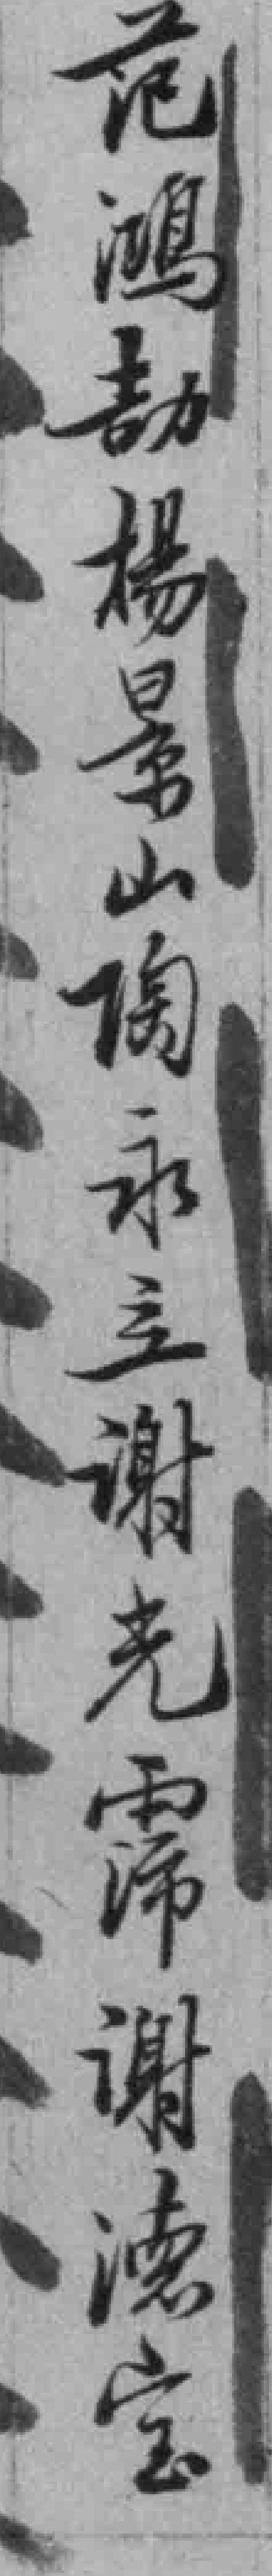
范鴻劼楊景山陶永立谢光霈谢德宝